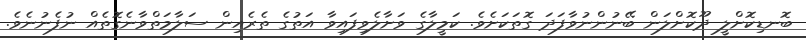
ބޮނޑިކޮށްލީ ދޫކޮށްލަން ބޭނުންނުވާފަދަ ގޮތަކަށެވެ. ކަމީލާގެ ވަށާލެވިފައިވާ އަތުގެ ތެރެއިން ސަލާމަތްވާނެގޮތެއް ނުފެނުނެވެ.